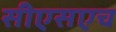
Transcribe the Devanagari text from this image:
सीएसएच